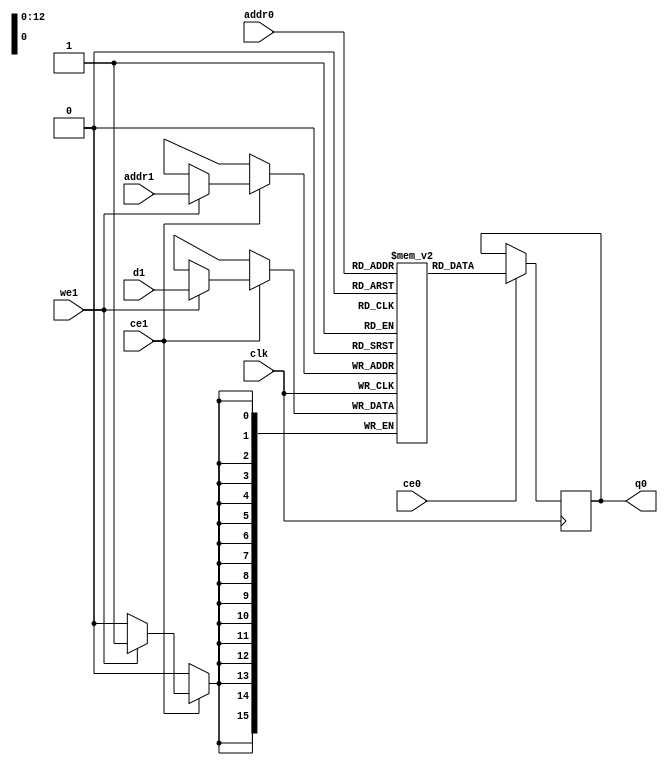
// ==============================================================
// File generated by Vivado(TM) HLS - High-Level Synthesis from C, C++ and SystemC
// Version: 2017.4
// Copyright (C) 1986-2017 Xilinx, Inc. All Rights Reserved.
// 
// ==============================================================

`timescale 1 ns / 1 ps
module line_buffer_mp_1_cud_ram (addr0, ce0, q0, addr1, ce1, d1, we1,  clk);

parameter DWIDTH = 16;
parameter AWIDTH = 13;
parameter MEM_SIZE = 8192;

input[AWIDTH-1:0] addr0;
input ce0;
output reg[DWIDTH-1:0] q0;
input[AWIDTH-1:0] addr1;
input ce1;
input[DWIDTH-1:0] d1;
input we1;
input clk;

(* ram_style = "block" *)reg [DWIDTH-1:0] ram[0:MEM_SIZE-1];




always @(posedge clk)  
begin 
    if (ce0) 
    begin
            q0 <= ram[addr0];
    end
end


always @(posedge clk)  
begin 
    if (ce1) 
    begin
        if (we1) 
        begin 
            ram[addr1] <= d1; 
        end 
    end
end


endmodule


`timescale 1 ns / 1 ps
module line_buffer_mp_1_cud(
    reset,
    clk,
    address0,
    ce0,
    q0,
    address1,
    ce1,
    we1,
    d1);

parameter DataWidth = 32'd16;
parameter AddressRange = 32'd8192;
parameter AddressWidth = 32'd13;
input reset;
input clk;
input[AddressWidth - 1:0] address0;
input ce0;
output[DataWidth - 1:0] q0;
input[AddressWidth - 1:0] address1;
input ce1;
input we1;
input[DataWidth - 1:0] d1;



line_buffer_mp_1_cud_ram line_buffer_mp_1_cud_ram_U(
    .clk( clk ),
    .addr0( address0 ),
    .ce0( ce0 ),
    .q0( q0 ),
    .addr1( address1 ),
    .ce1( ce1 ),
    .d1( d1 ),
    .we1( we1 ));

endmodule